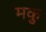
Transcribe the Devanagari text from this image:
मकु